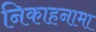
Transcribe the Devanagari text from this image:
निकाहनामा